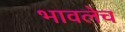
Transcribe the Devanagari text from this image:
भावलेच